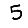
Digit: 5